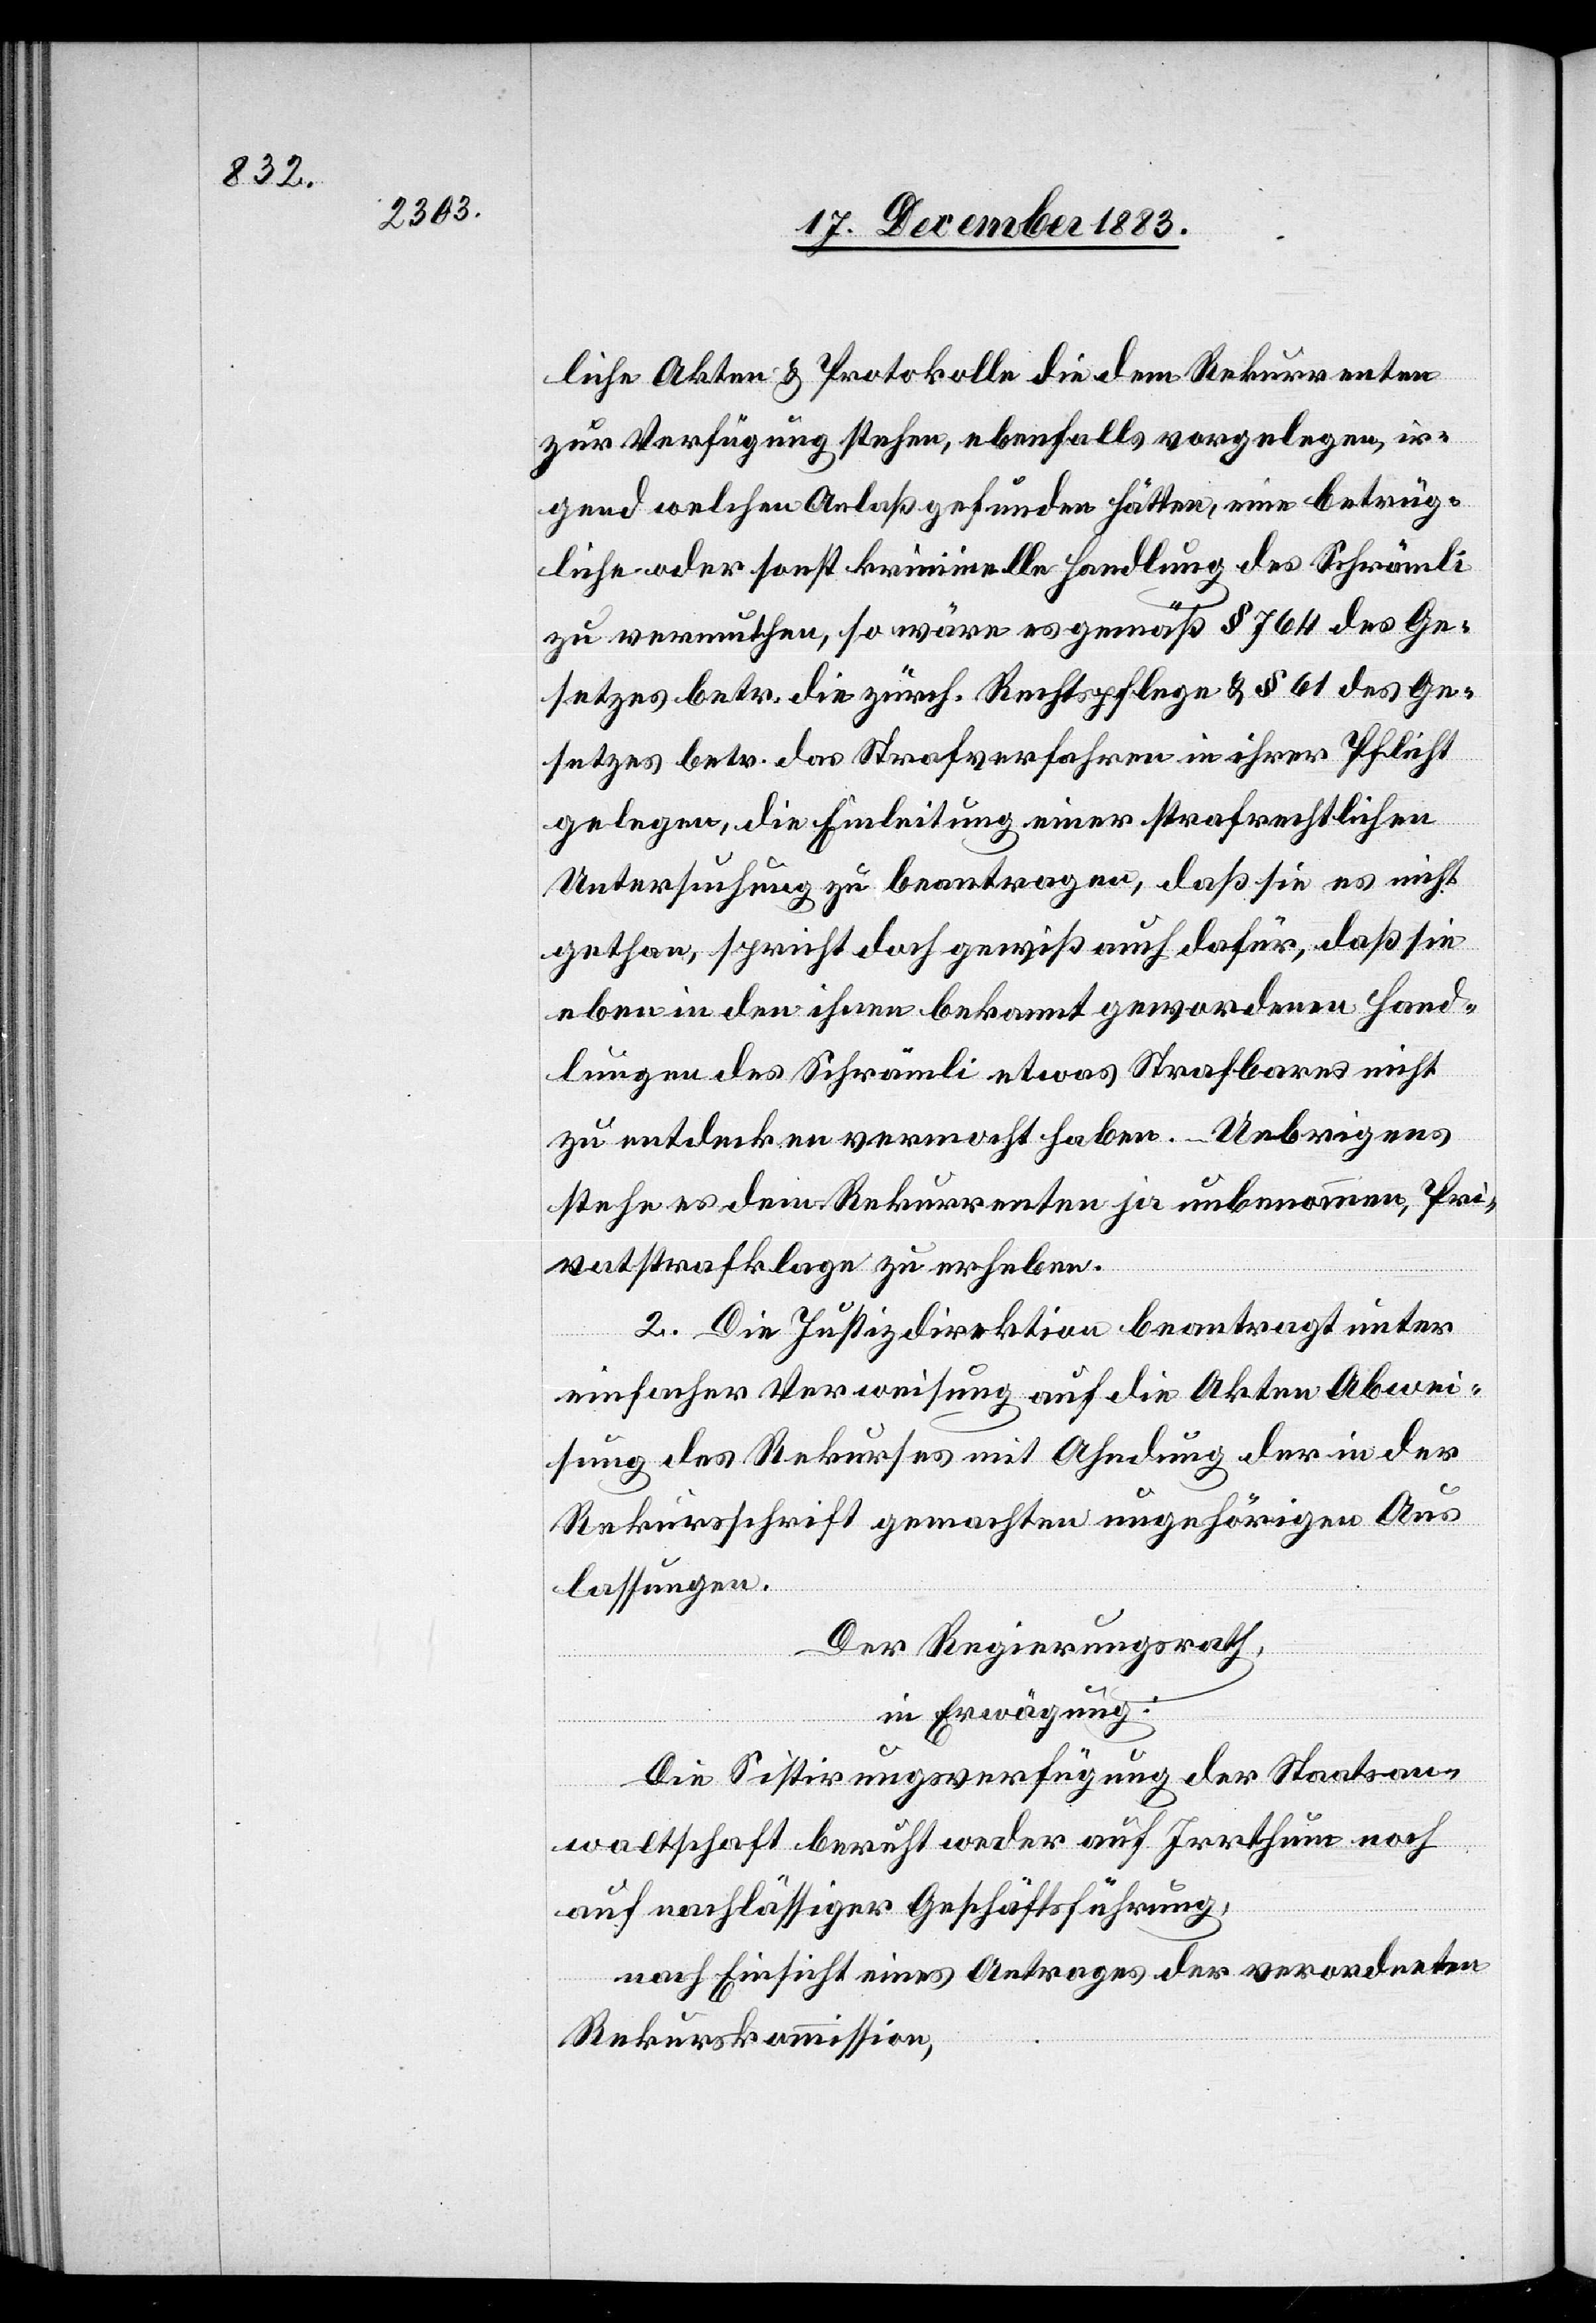
liche Akten & Protokolle die dem Rekurrenten
zur Verfügung stehen, ebenfalls vorgelegen, ir¬
gend welchen Anlaß gefunden hätten, eine betrüg¬
liche oder sonst kriminelle Handlung des Schrämli
zu vermuthen, so wäre es gemäß § 764 des Ge¬
setzes betr. die zürch. Rechtspflege & § 61 des Ge¬
setzes betr. das Strafverfahren in ihrer Pflicht
gelegen, die Einleitung einer strafrechtlichen
Untersuchung zu beantragen, daß sie es nicht
gethan, spricht doch gewiß auch dafür, daß sie
eben in den ihnen bekannt gewordenen Hand¬
lungen des Schrämli etwas Strafbares nicht
zu entdecken vermocht haben. – Uebrigens
stehe es dem Rekurrenten ja unbenommen, Pri¬
vatstrafklage zu erheben.
c!] Die Justizdirektion beantragt unter
einfacher Verweisung auf die Akten Abwei¬
sung des Rekurses mit Ahndung der in der
Rekursschrift gemachten ungehörigen Aus¬
lassungen.
Der Regierungsrath,
in Erwägung:
[si¬
Die Sistirungsverfügung der Staatsan¬
waltschaft beruht weder auf Irrthum noch
auf nachlässiger Geschäftsführung,
nach Einsicht eines Antrages der verordneten
Rekurskommission,